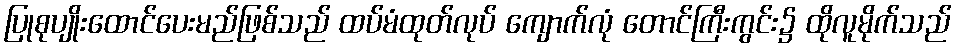
ပြုစုပျိုးထောင်ပေးမည်ဖြစ်သည် ထပ်မံထုတ်လုပ် ကျောက်လုံ တောင်ကြီးကွင်း၌ ထိုလူမိုက်သည်